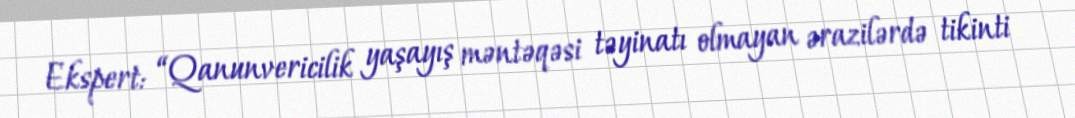
Ekspert: “Qanunvericilik yaşayış məntəqəsi təyinatı olmayan ərazilərdə tikinti